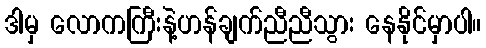
ဒါမှ လောကကြီးနဲ့ဟန်ချက်ညီညီသွား နေနိုင်မှာပါ။